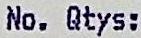
NO. QTY: